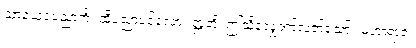
သာယေဝပညာကိံ၊ ထိုပညာပင်လော။ ဣတိ၊ ဤသို့လျှောက်လတ်သော်။ မဟာရာဇ၊